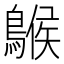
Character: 䳧